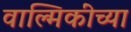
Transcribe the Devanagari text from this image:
वाल्मिकींच्या